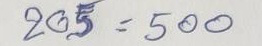
205 =. 500